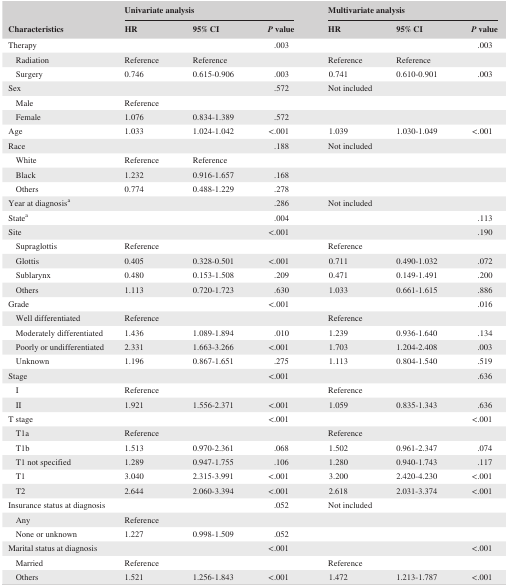
<table><thead><tr><td rowspan="2"><b>Characteristics</b></td><td colspan="3"><b>Univariate analysis</b></td><td colspan="3"><b>Multivariate analysis</b></td></tr><tr><td><b>HR</b></td><td><b>95% CI</b></td><td><b><i>P</i> value</b></td><td><b>HR</b></td><td><b>95% CI</b></td><td><b><i>P</i> value</b></td></tr></thead><tbody><tr><td>Therapy</td><td></td><td></td><td>.003</td><td></td><td></td><td>.003</td></tr><tr><td>Radiation</td><td>Reference</td><td>Reference</td><td></td><td>Reference</td><td>Reference</td><td></td></tr><tr><td>Surgery</td><td>0.746</td><td>0.615‐0.906</td><td>.003</td><td>0.741</td><td>0.610‐0.901</td><td>.003</td></tr><tr><td>Sex</td><td></td><td></td><td>.572</td><td>Not included</td><td></td><td></td></tr><tr><td>Male</td><td>Reference</td><td></td><td></td><td></td><td></td><td></td></tr><tr><td>Female</td><td>1.076</td><td>0.834‐1.389</td><td>.572</td><td></td><td></td><td></td></tr><tr><td>Age</td><td>1.033</td><td>1.024‐1.042</td><td>&lt;.001</td><td>1.039</td><td>1.030‐1.049</td><td>&lt;.001</td></tr><tr><td>Race</td><td></td><td></td><td>.188</td><td>Not included</td><td></td><td></td></tr><tr><td>White</td><td>Reference</td><td>Reference</td><td></td><td></td><td></td><td></td></tr><tr><td>Black</td><td>1.232</td><td>0.916‐1.657</td><td>.168</td><td></td><td></td><td></td></tr><tr><td>Others</td><td>0.774</td><td>0.488‐1.229</td><td>.278</td><td></td><td></td><td></td></tr><tr><td>Year at diagnosisa</td><td></td><td></td><td>.286</td><td>Not included</td><td></td><td></td></tr><tr><td>Statea</td><td></td><td></td><td>.004</td><td></td><td></td><td>.113</td></tr><tr><td>Site</td><td></td><td></td><td>&lt;.001</td><td></td><td></td><td>.190</td></tr><tr><td>Supraglottis</td><td>Reference</td><td></td><td></td><td>Reference</td><td></td><td></td></tr><tr><td>Glottis</td><td>0.405</td><td>0.328‐0.501</td><td>&lt;.001</td><td>0.711</td><td>0.490‐1.032</td><td>.072</td></tr><tr><td>Sublarynx</td><td>0.480</td><td>0.153‐1.508</td><td>.209</td><td>0.471</td><td>0.149‐1.491</td><td>.200</td></tr><tr><td>Others</td><td>1.113</td><td>0.720‐1.723</td><td>.630</td><td>1.033</td><td>0.661‐1.615</td><td>.886</td></tr><tr><td>Grade</td><td></td><td></td><td>&lt;.001</td><td></td><td></td><td>.016</td></tr><tr><td>Well differentiated</td><td>Reference</td><td></td><td></td><td>Reference</td><td></td><td></td></tr><tr><td>Moderately differentiated</td><td>1.436</td><td>1.089‐1.894</td><td>.010</td><td>1.239</td><td>0.936‐1.640</td><td>.134</td></tr><tr><td>Poorly or undifferentiated</td><td>2.331</td><td>1.663‐3.266</td><td>&lt;.001</td><td>1.703</td><td>1.204‐2.408</td><td>.003</td></tr><tr><td>Unknown</td><td>1.196</td><td>0.867‐1.651</td><td>.275</td><td>1.113</td><td>0.804‐1.540</td><td>.519</td></tr><tr><td>Stage</td><td></td><td></td><td>&lt;.001</td><td></td><td></td><td>.636</td></tr><tr><td>I</td><td>Reference</td><td></td><td></td><td>Reference</td><td></td><td></td></tr><tr><td>II</td><td>1.921</td><td>1.556‐2.371</td><td>&lt;.001</td><td>1.059</td><td>0.835‐1.343</td><td>.636</td></tr><tr><td>T stage</td><td></td><td></td><td>&lt;.001</td><td></td><td></td><td>&lt;.001</td></tr><tr><td>T1a</td><td>Reference</td><td></td><td></td><td>Reference</td><td></td><td></td></tr><tr><td>T1b</td><td>1.513</td><td>0.970‐2.361</td><td>.068</td><td>1.502</td><td>0.961‐2.347</td><td>.074</td></tr><tr><td>T1 not specified</td><td>1.289</td><td>0.947‐1.755</td><td>.106</td><td>1.280</td><td>0.940‐1.743</td><td>.117</td></tr><tr><td>T1</td><td>3.040</td><td>2.315‐3.991</td><td>&lt;.001</td><td>3.200</td><td>2.420‐4.230</td><td>&lt;.001</td></tr><tr><td>T2</td><td>2.644</td><td>2.060‐3.394</td><td>&lt;.001</td><td>2.618</td><td>2.031‐3.374</td><td>&lt;.001</td></tr><tr><td>Insurance status at diagnosis</td><td></td><td></td><td>.052</td><td>Not included</td><td></td><td></td></tr><tr><td>Any</td><td>Reference</td><td></td><td></td><td></td><td></td><td></td></tr><tr><td>None or unknown</td><td>1.227</td><td>0.998‐1.509</td><td>.052</td><td></td><td></td><td></td></tr><tr><td>Marital status at diagnosis</td><td></td><td></td><td>&lt;.001</td><td></td><td></td><td>&lt;.001</td></tr><tr><td>Married</td><td>Reference</td><td></td><td></td><td>Reference</td><td></td><td></td></tr><tr><td>Others</td><td>1.521</td><td>1.256‐1.843</td><td>&lt;.001</td><td>1.472</td><td>1.213‐1.787</td><td>&lt;.001</td></tr></tbody></table>